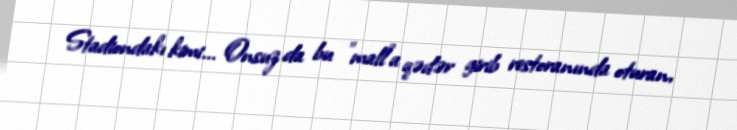
Stadiondakı kimi... Onsuz da bu "mall"a qədər girib restoranında oturan,